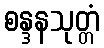
စန္ဒနသုတ္တံ